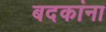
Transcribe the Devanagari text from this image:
बदकांना